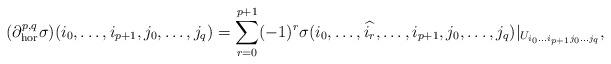
LaTeX: \begin{align*}(\partial^{p,q}_{{\rm{hor}}}\sigma)(i_0, \dots, i_{p+1}, j_0, \dots, j_q) = \sum_{r=0}^{p+1} (-1)^r\sigma(i_0, \dots, \widehat{i_r}, \dots, i_{p+1}, j_0, \dots, j_q)|_{U_{i_0\dots i_{p+1}j_0\dots j_q}},\end{align*}